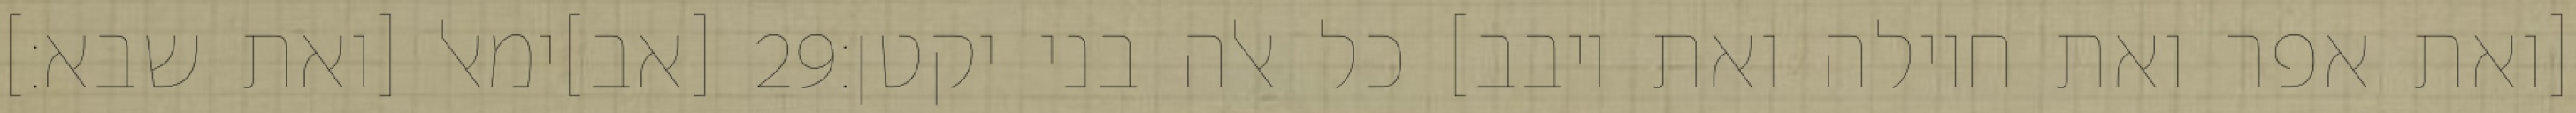
[אב]ימאל [ואת שבא׃] ‎29‏ [ואת אפר ואת חוילה ואת יובב] כל אלה בני יקטן׃